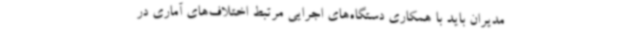
مدیران باید با همکاری دستگاه‌های اجرایی مرتبط اختلاف‌های آماری در